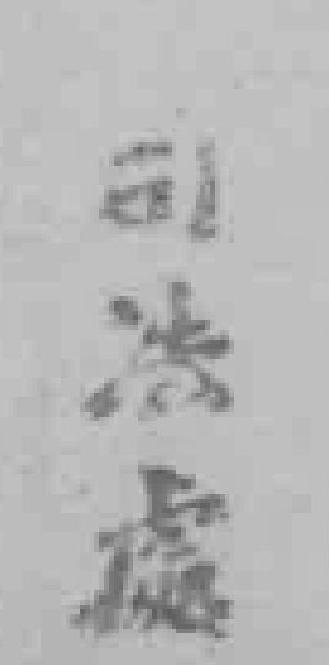
司法處